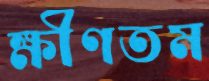
ক্ষীণতম